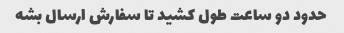
حدود دو ساعت طول کشید تا سفارش ارسال بشه